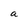
Character: a